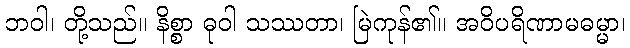
ဘဝါ၊ တို့သည်။ နိစ္စာ ဓုဝါ သဿတာ၊ မြဲကုန်၏။ အဝိပရိဏာမဓမ္မာ၊